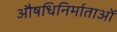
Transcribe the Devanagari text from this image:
औषधिनिर्माताओं